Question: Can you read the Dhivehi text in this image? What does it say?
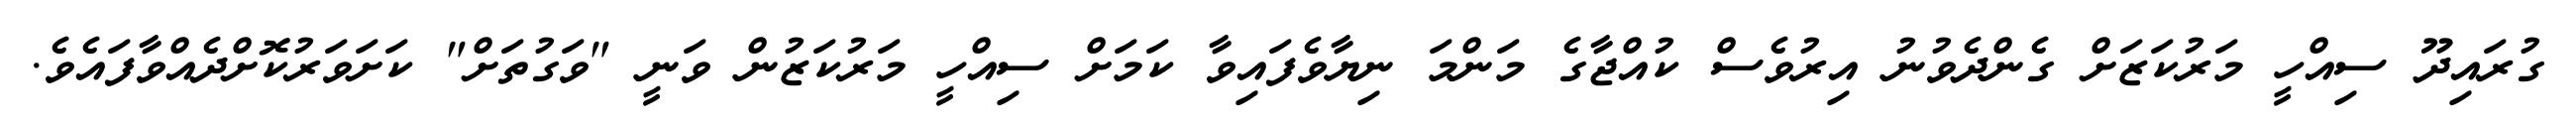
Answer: ގުރައިދޫ ސިއްހީ މަރުކަޒަށް ގެންދެވުނު އިރުވެސް ކުއްޖާގެ މަންމަ ނިޔާވެފައިވާ ކަމަށް ސިއްހީ މަރުކަޒުން ވަނީ "ވަގުތަށް" ކަށަވަރުކޮށްދެއްވާފައެވެ.